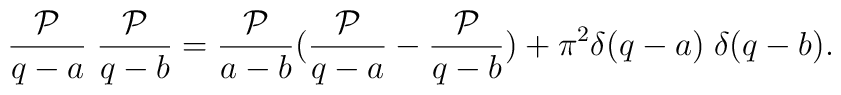
\frac{{\cal P}}{q-a} \; \frac{{\cal P}}{q-b} = \frac{{\cal P}}{a-b}  (\frac{{\cal P}}{q-a} - \frac{{\cal P}}{q-b} ) + \pi^{2} \delta (q-a) \; \delta (q-b) .